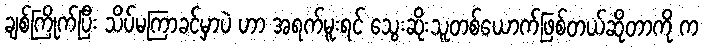
ချစ်ကြိုက်ပြီး သိပ်မကြာခင်မှာပဲ ဟာ အရက်မူးရင် သွေးဆိုးသူတစ်ယောက်ဖြစ်တယ်ဆိုတာကို က